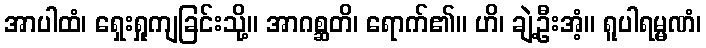
အာပါထံ၊ ရှေးရှုကျခြင်းသို့။ အာဂစ္ဆတိ၊ ရောက်၏။ ဟိ၊ ချဲ့ဦးအံ့။ ရူပါရမ္မဏံ၊